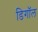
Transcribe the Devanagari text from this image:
डिगॉल